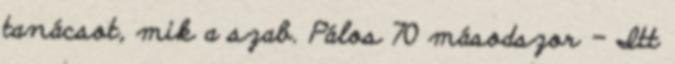
tanácsot, mik a szab. Pálos 70 másodszor - Itt